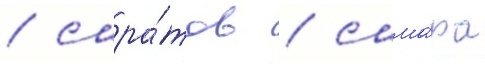
/ сара́тов / сама́ра